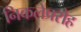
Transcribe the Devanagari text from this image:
निकलेप्ररोह